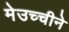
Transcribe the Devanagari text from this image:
मेउच्चीने